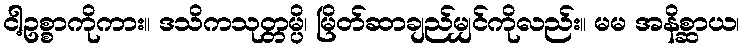
ငါ့ဥစ္စာကိုကား။ ဒသိကသုတ္တမ္ပိ၊ မြိတ်ဆာချည်မျှင်ကိုလည်း။ မမ အနိစ္ဆာယ၊